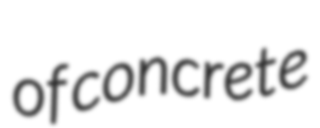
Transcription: of concrete